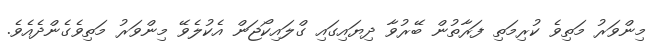
މިންވަރު މަތިވެ ކުރިމަތި ފަރާތުން ބޭރުވާ ދިޔައިގައި ގްލައިކޯޖަން އެކުލެވޭ މިންވަރު މަތިވެގެންދެއެވެ.